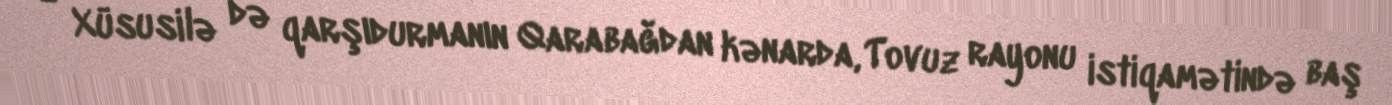
- Xüsusilə də qarşıdurmanın Qarabağdan kənarda, Tovuz rayonu istiqamətində baş